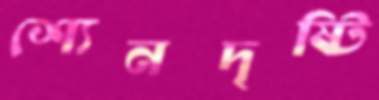
শ্যেনদৃষ্টি